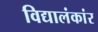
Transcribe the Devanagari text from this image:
विद्यालंकांर